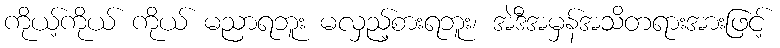
ကိုယ့်ကိုယ် ကိုယ် မညာရဘူး မလှည့်စားရဘူး၊ အဲဒီအမှန်အသိတရားအားဖြင့်